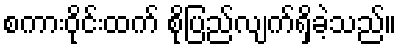
စကားဝိုင်းထက် စိုပြည်လျက်ရှိခဲ့သည်။